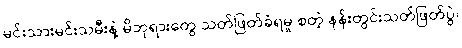
မင်းသားမင်းသမီးနဲ့ မိဘုရားတွေ သတ်ဖြတ်ခံရမှု စတဲ့ နန်းတွင်းသတ်ဖြတ်ပွဲ၊